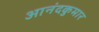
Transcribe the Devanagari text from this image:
आनंदकुमार